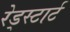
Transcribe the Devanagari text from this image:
रेड्स्टार्ट